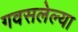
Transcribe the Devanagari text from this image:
गवसलेल्या